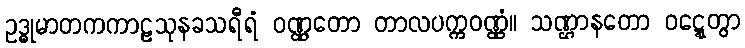
ဥဒ္ဓုမာတကကာဠသုနခသရီရံ ဝဏ္ဏတော တာလပက္ကဝဏ္ဏံ။ သဏ္ဌာနတော ဝဋ္ဋေတွာ